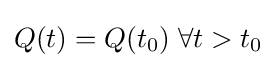
Q(t)=Q(t_{0})\;\forall t>t_{0}